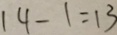
1 4 - 1 = 1 3